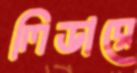
লিডারে